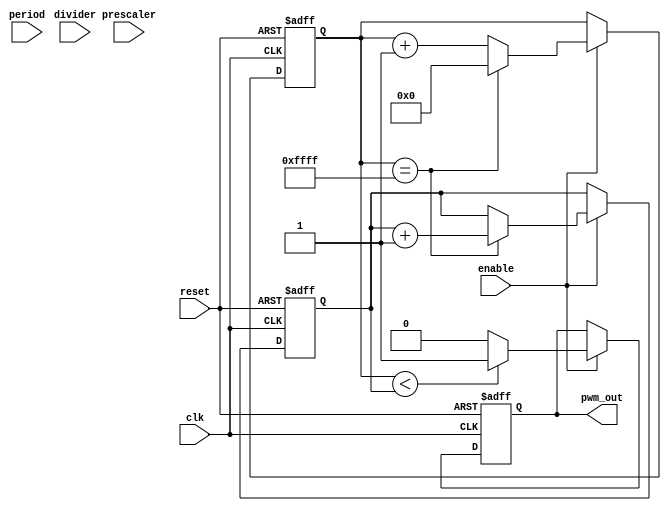
module pwm_timer (
    input clk,
    input reset,
    input enable,
    input [7:0] prescaler, // adjustable prescaler setting
    input [7:0] divider, // adjustable clock divider setting
    input [15:0] period, // programmable period
    output reg pwm_out
);

reg [15:0] counter;
reg [7:0] comparator;

always @(posedge clk or posedge reset) begin
    if (reset) begin
        counter <= 16'h0000;
        comparator <= 8'h00;
        pwm_out <= 1'b0;
    end else if (enable) begin
        if (counter == 16'hFFFF) begin
            counter <= 16'h0000;
            comparator <= comparator + 1;
        end else begin
            counter <= counter + 1;
        end
        
        if (counter < comparator) begin
            pwm_out <= 1'b1;
        end else begin
            pwm_out <= 1'b0;
        end
    end
end

endmodule